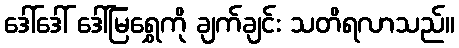
ဒေါ်ဒေါ် ဒေါ်မြရွှေကို ချက်ချင်း သတိရလာသည်။